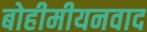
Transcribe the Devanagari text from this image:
बोहीमीयनवाद